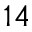
^ { 1 4 }